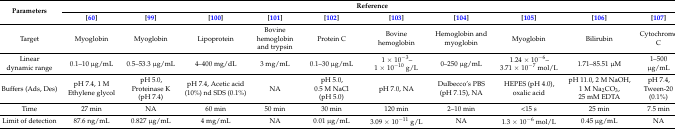
| <ROWSPAN=2> Parameters | <COLSPAN=10> Reference |
 | [60] | [99] | [100] | [101] | [102] | [103] | [104] | [105] | [106] | [107] |
 | --- | --- | --- | --- | --- | --- | --- | --- | --- | --- | --- |
 | Target | Myoglobin | Myoglobin | Lipoprotein | Bovine hemoglobin and trypsin | Protein C | Bovine hemoglobin | Hemoglobin and myoglobin | Myoglobin | Bilirubin | Cytochrome C |
 | Linear dynamic range | 0.1–10 μg/mL | 0.5–53.3 μg/mL | 4–400 mg/dL | 3 mg/mL | 0.1–30 μg/mL | 1 × 10−3–1 × 10−10 g/L | 0–250 μg/mL | 1.24 × 10−6–3.71 × 10−7 mol/L | 1.71–85.51 μM | 1–500 μg/mL |
 | Buffers (Ads, Des) | pH 7.4, 1 M Ethylene glycol | pH 5.0, Proteinase K (pH 7.4) | pH 7.4, Acetic acid (10%) nd SDS (0.1%) | NA | pH 5.0, 0.5 M NaCl (pH 5.0) | pH 7.0, NA | Dulbecco’s PBS (pH 7.15), NA | HEPES (pH 4.0), oxalic acid | pH 11.0, 2 M NaOH, 1 M Na2CO3, 25 mM EDTA | pH 7.4, Tween-20 (0.1%) |
 | Time | 27 min | NA | 60 min | 50 min | 30 min | 120 min | 2–10 min | <15 s | 25 min | 7.5 min |
 | Limit of detection | 87.6 ng/mL | 0.827 μg/mL | 4 mg/mL | NA | 0.01 μg/mL | 3.09 × 10−11 g/L | NA | 1.3 × 10−6 mol/L | 0.45 μg/mL | NA |